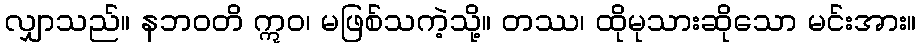
လျှာသည်။ နဘဝတိ ဣဝ၊ မဖြစ်သကဲ့သို့။ တဿ၊ ထိုမုသားဆိုသော မင်းအား။